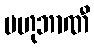
ဗဟုဘာဏီ